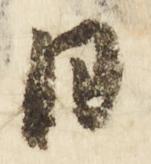
日